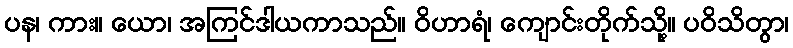
ပန၊ ကား။ ယော၊ အကြင်ဒါယကာသည်။ ဝိဟာရံ၊ ကျောင်းတိုက်သို့။ ပဝိသိတွာ၊